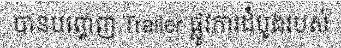
បានបញ្ចេញ Trailer ផ្លូវការដំបូងរបស់